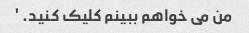
من می خواهم ببینم کلیک کنید. '